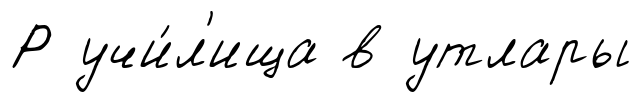
Р учи́л'ища в утлары